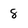
Character: 8